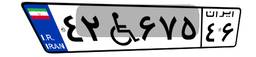
۹۳W۵۲۱۰۵